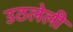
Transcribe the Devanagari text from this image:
उठलेली